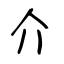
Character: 介